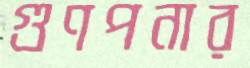
গুণপনার